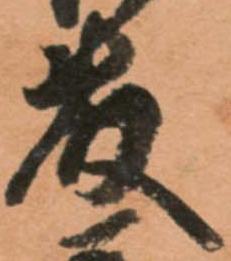
藤